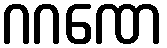
ဂဂဏေ